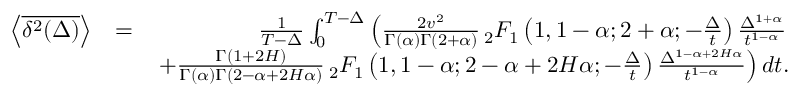
\begin{array} { r l r } { \left< \overline { { \delta ^ { 2 } ( \Delta ) } } \right> } & { = } & { \frac { 1 } { T - \Delta } \int _ { 0 } ^ { T - \Delta } \left( \frac { 2 v ^ { 2 } } { \Gamma ( \alpha ) \Gamma ( 2 + \alpha ) } \, _ { 2 } F _ { 1 } \left( 1 , 1 - \alpha ; 2 + \alpha ; - \frac { \Delta } { t } \right) \frac { \Delta ^ { 1 + \alpha } } { t ^ { 1 - \alpha } } \right. } \\ & { } & { \left. + \frac { \Gamma ( 1 + 2 H ) } { \Gamma ( \alpha ) \Gamma ( 2 - \alpha + 2 H \alpha ) } \, _ { 2 } F _ { 1 } \left( 1 , 1 - \alpha ; 2 - \alpha + 2 H \alpha ; - \frac { \Delta } { t } \right) \frac { \Delta ^ { 1 - \alpha + 2 H \alpha } } { t ^ { 1 - \alpha } } \right) d t . } \end{array}